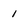
Character: 1